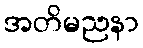
အတိမညနာ